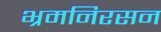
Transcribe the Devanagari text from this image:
भ्रमनिरसन